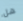
هل